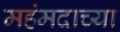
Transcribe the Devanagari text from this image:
महंमदाच्या